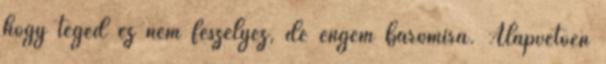
hogy téged ez nem feszélyez, de engem baromira. Alapvetően